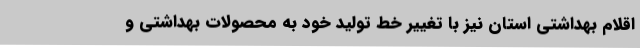
اقلام بهداشتی استان نیز با تغییر خط تولید خود به محصولات بهداشتی و